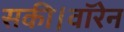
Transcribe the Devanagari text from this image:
सकी।वॉरेन